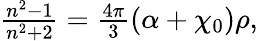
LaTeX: \begin{array}{r}{\frac{n^{2}-1}{n^{2}+2}=\frac{4\pi}{3}(\alpha+\chi_{0})\rho,}\end{array}